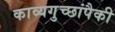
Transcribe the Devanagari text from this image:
काव्यगुच्छांपैकी